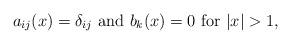
LaTeX: \begin{align*}a_{ij}(x)=\delta_{ij} \ \hbox{and} \ b_k(x)=0 \ \hbox{for}\ |x|>1,\end{align*}